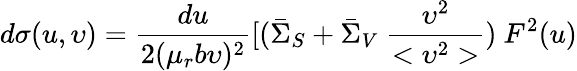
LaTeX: d\sigma(u,\upsilon)=\frac{du}{2(\mu_{r}b\upsilon)^{2}}[(\bar{\Sigma}_{S}+\bar{\Sigma}_{V}~\frac{\upsilon^{2}}{<\upsilon^{2}>})~F^{2}(u)